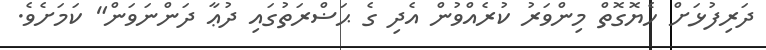
ދަރިފުޅަށް ހެޔޮގޮތް މިންވަރު ކުރެއްވުން އެދި ގެ ޙަޟްރަތުގައި ދުޢާ ދަންނަވަން" ކަމަށެވެ.